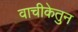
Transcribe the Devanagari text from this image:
वाचीकेतुन